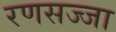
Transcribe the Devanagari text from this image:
रणसज्जा